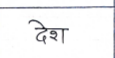
मजकूर: देश